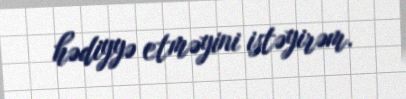
hədiyyə etməyini istəyirəm.